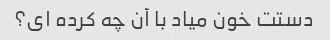
دستت خون میاد با آن چه کرده ای؟